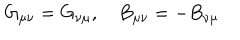
LaTeX: G _ { \mu \nu } = G _ { \nu \mu } , \quad B _ { \mu \nu } = - B _ { \nu \mu }